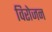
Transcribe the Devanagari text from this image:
विरोजन